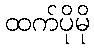
ထက်ပိုမို